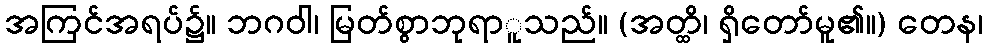
အကြင်အရပ်၌။ ဘဂဝါ၊ မြတ်စွာဘုရာူသည်။ (အတ္ထိ၊ ရှိတော်မူ၏။) တေန၊